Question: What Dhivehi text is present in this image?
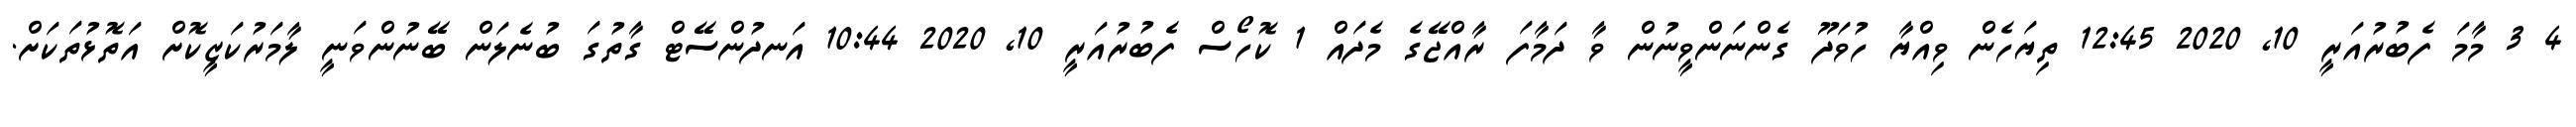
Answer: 4 3 މާމަ ފެބުރުއަރީ 10, 2020 12:45 ތިޔަހެން ވިއްޔާ ހުވަދޫ ގެންނަންވީނުން ވާ ދަމާފަ ރާއްޖޭގެ މެދައް 1 ކޮހޯސް ފެބުރުއަރީ 10, 2020 10:44 އަނދުންސޭޓް ގާތުގަ ބުނެލަން ބޭނުންވަނީ ލާމަރުކަޒީކޮށް އަތޮޅުތަކަށް.